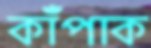
কাঁপাক